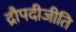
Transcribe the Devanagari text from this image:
द्रौपदीजीति